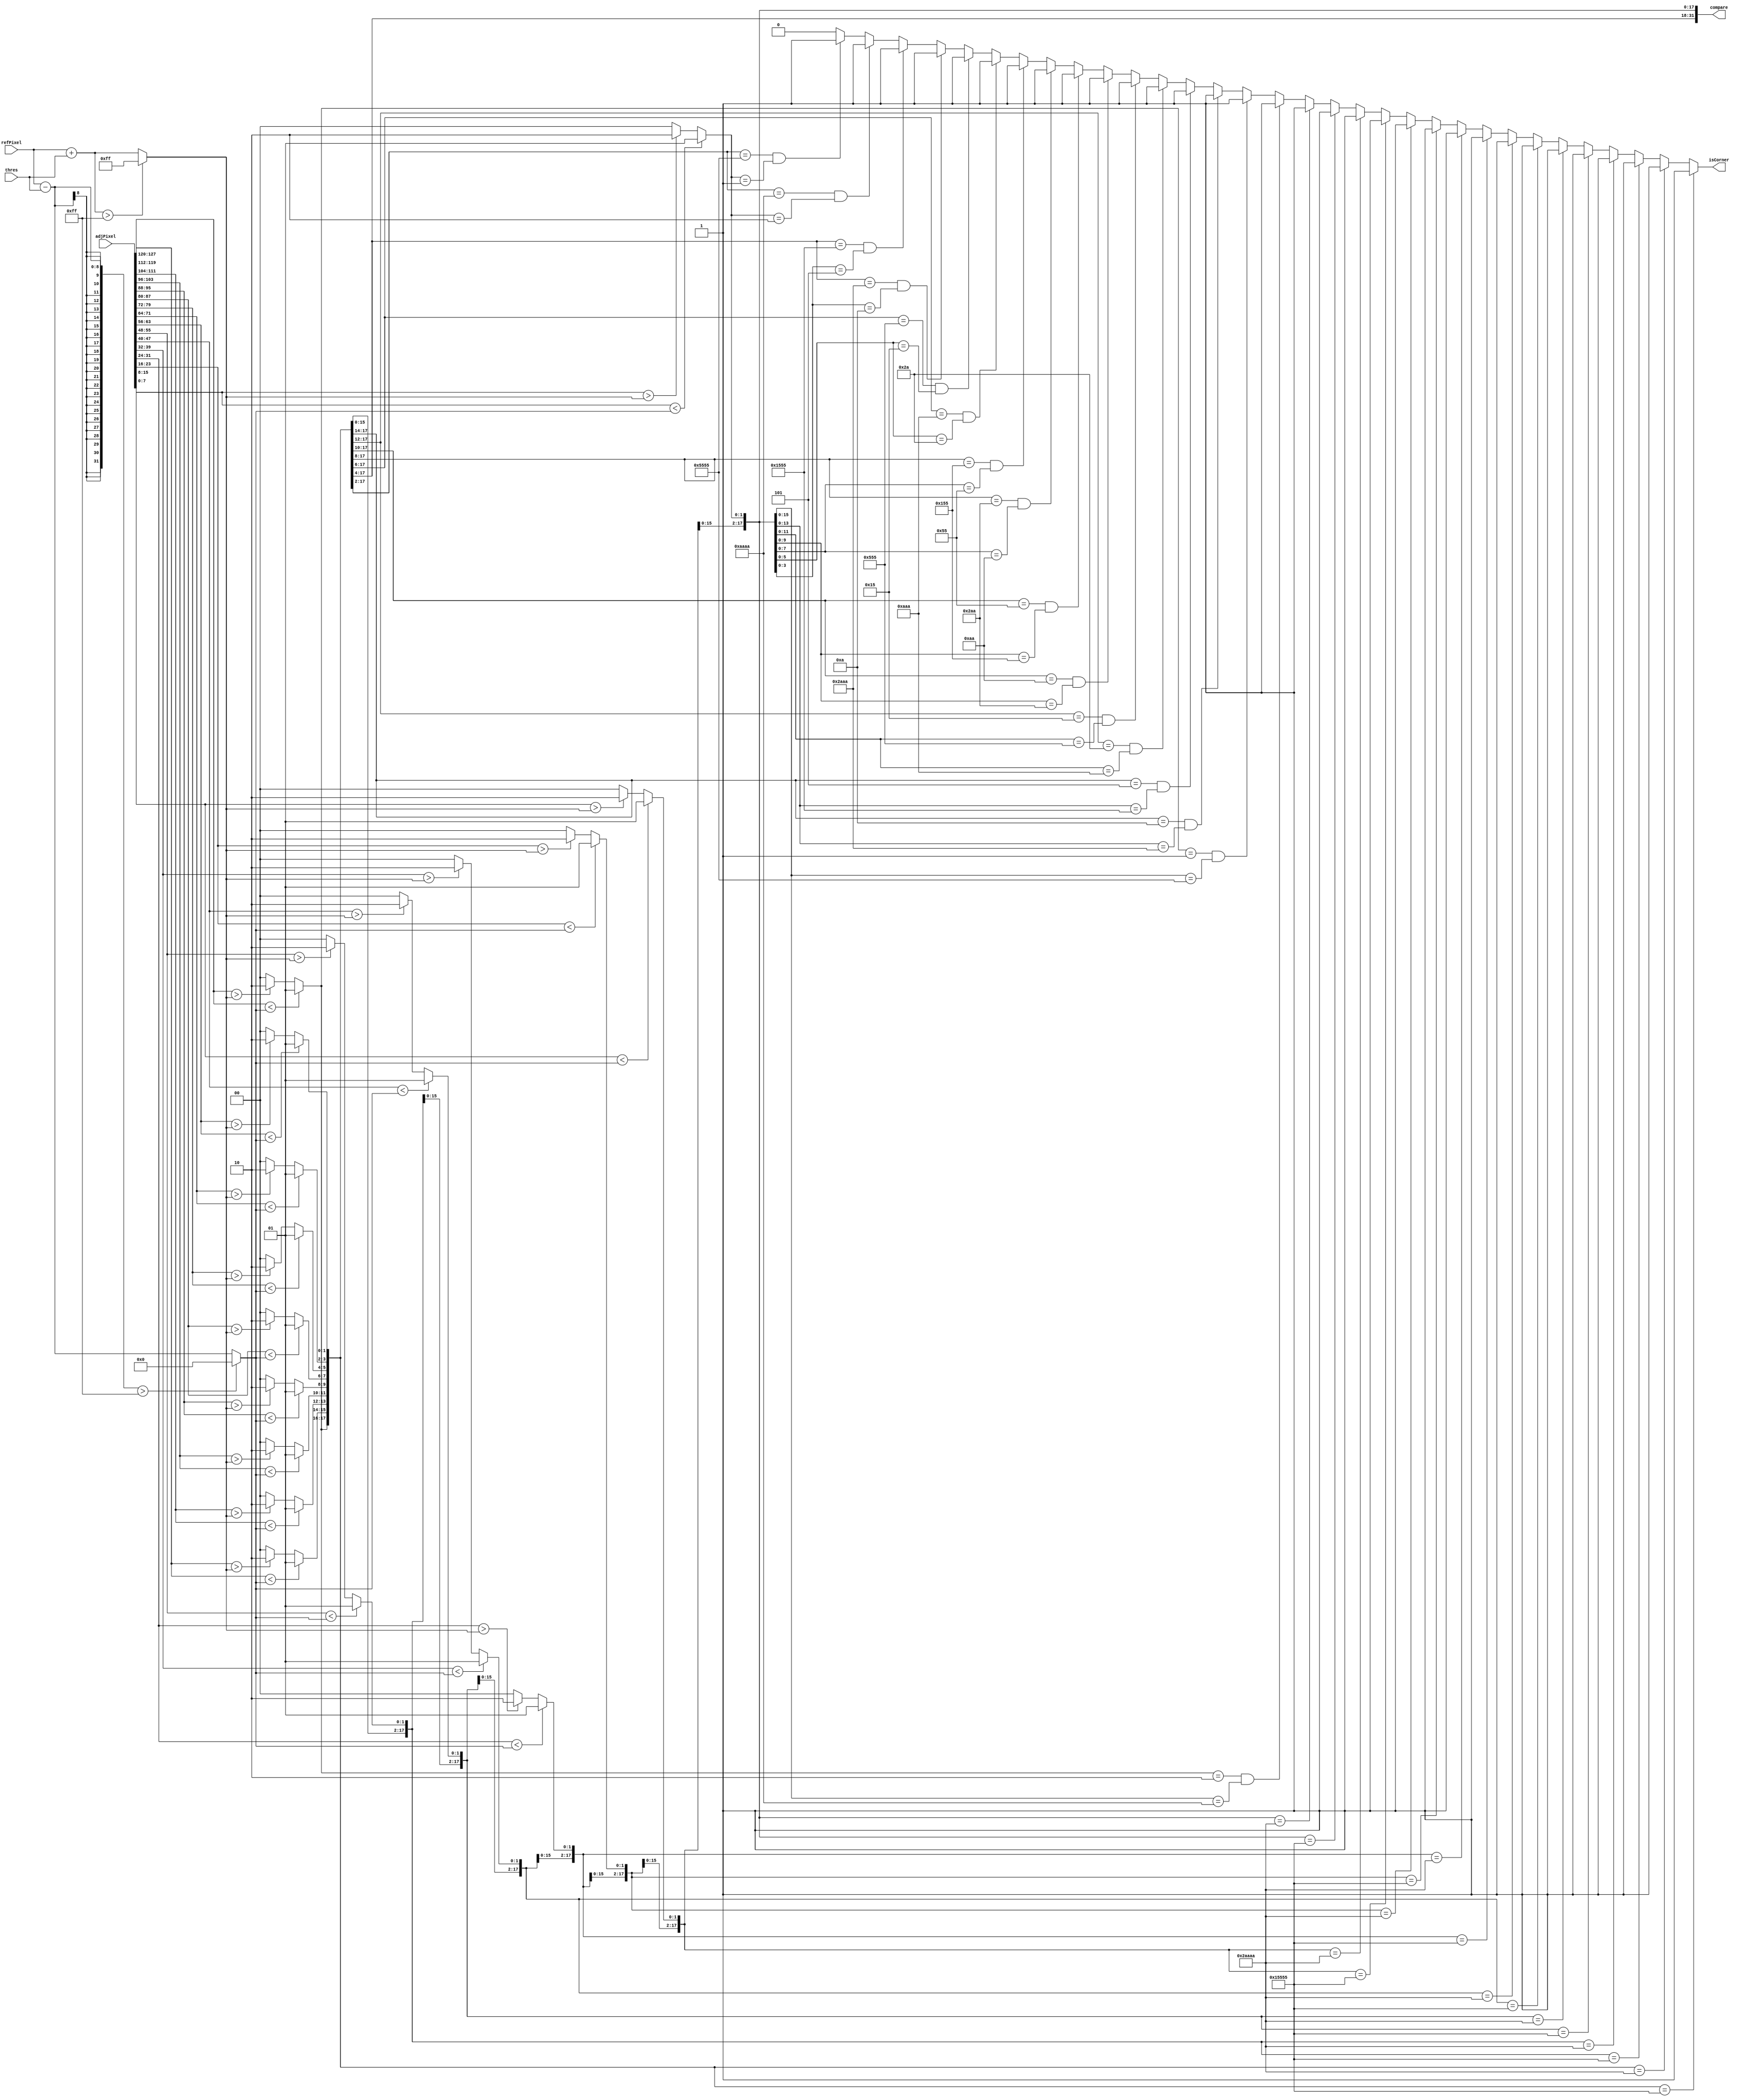
// This program was cloned from: https://github.com/ISKU/FAST9-Accelerator
// License: MIT License

`define SIMILAR 2'b00
`define DARK 2'b01
`define BRIGHT 2'b10

module FD_Datapath (refPixel, adjPixel, thres, isCorner, compare);
	input [7:0] refPixel; //  
	input [127:0] adjPixel; // 16  
	input [7:0] thres; // 
	output isCorner; //  
	output [31:0] compare; // 16    DARK, BRIGHT, SIMILAR 

	wire [8:0] lower; //  -  
	wire [8:0] upper; //  +  
	
	assign lower = ((refPixel - thres) > 255) ? 8'd0 : (refPixel - thres); // 
	assign upper = ((refPixel + thres) > 255) ? 8'd255 : (refPixel + thres); //  
	
	// 01 = DARK, 10 = BRIGHT, 00 = SIMILAR
	assign compare[31:30] = ({1'b0, adjPixel[127:120]} < lower) ? `DARK : ({1'b0, adjPixel[127:120]} > upper) ? `BRIGHT : `SIMILAR;
	assign compare[29:28] = ({1'b0, adjPixel[119:112]} < lower) ? `DARK : ({1'b0, adjPixel[119:112]} > upper) ? `BRIGHT : `SIMILAR;
	assign compare[27:26] = ({1'b0, adjPixel[111:104]} < lower) ? `DARK : ({1'b0, adjPixel[111:104]} > upper) ? `BRIGHT : `SIMILAR;
	assign compare[25:24] = ({1'b0, adjPixel[103:96]} < lower) ? `DARK : ({1'b0, adjPixel[103:96]} > upper) ? `BRIGHT : `SIMILAR;
	assign compare[23:22] = ({1'b0, adjPixel[95:88]} < lower) ? `DARK : ({1'b0, adjPixel[95:88]} > upper) ? `BRIGHT : `SIMILAR;
	assign compare[21:20] = ({1'b0, adjPixel[87:80]} < lower) ? `DARK : ({1'b0, adjPixel[87:80]} > upper) ? `BRIGHT : `SIMILAR;
	assign compare[19:18] = ({1'b0, adjPixel[79:72]} < lower) ? `DARK : ({1'b0, adjPixel[79:72]} > upper) ? `BRIGHT : `SIMILAR;
	assign compare[17:16] = ({1'b0, adjPixel[71:64]} < lower) ? `DARK : ({1'b0, adjPixel[71:64]} > upper) ? `BRIGHT : `SIMILAR;
	assign compare[15:14] = ({1'b0, adjPixel[63:56]} < lower) ? `DARK : ({1'b0, adjPixel[63:56]} > upper) ? `BRIGHT : `SIMILAR;
	assign compare[13:12] = ({1'b0, adjPixel[55:48]} < lower) ? `DARK : ({1'b0, adjPixel[55:48]} > upper) ? `BRIGHT : `SIMILAR;
	assign compare[11:10] = ({1'b0, adjPixel[47:40]} < lower) ? `DARK : ({1'b0, adjPixel[47:40]} > upper) ? `BRIGHT : `SIMILAR;
	assign compare[9:8] = ({1'b0, adjPixel[39:32]} < lower) ? `DARK : ({1'b0, adjPixel[39:32]} > upper) ? `BRIGHT : `SIMILAR;
	assign compare[7:6] = ({1'b0, adjPixel[31:24]} < lower) ? `DARK : ({1'b0, adjPixel[31:24]} > upper) ? `BRIGHT : `SIMILAR;
	assign compare[5:4] = ({1'b0, adjPixel[23:16]} < lower) ? `DARK : ({1'b0, adjPixel[23:16]} > upper) ? `BRIGHT : `SIMILAR;
	assign compare[3:2] = ({1'b0, adjPixel[15:8]} < lower) ? `DARK : ({1'b0, adjPixel[15:8]} > upper) ? `BRIGHT : `SIMILAR;
	assign compare[1:0] = ({1'b0, adjPixel[7:0]} < lower) ? `DARK : ({1'b0, adjPixel[7:0]} > upper) ? `BRIGHT : `SIMILAR;

	// 9   DARK  BRIGHT      
	assign isCorner =
		(compare[31:14] == 18'h15555) ? 1'b1 :
		(compare[31:14] == 18'h2AAAA) ? 1'b1 :
		(compare[29:12] == 18'h15555) ? 1'b1 :
		(compare[29:12] == 18'h2AAAA) ? 1'b1 :
		(compare[27:10] == 18'h15555) ? 1'b1 :
		(compare[27:10] == 18'h2AAAA) ? 1'b1 :
		(compare[25:8] == 18'h15555) ? 1'b1 :
		(compare[25:8] == 18'h2AAAA) ? 1'b1 :
		(compare[23:6] == 18'h15555) ? 1'b1 :
		(compare[23:6] == 18'h2AAAA) ? 1'b1 :
		(compare[21:4] == 18'h15555) ? 1'b1 :
		(compare[21:4] == 18'h2AAAA) ? 1'b1 :
		(compare[19:2] == 18'h15555) ? 1'b1 :
		(compare[19:2] == 18'h2AAAA) ? 1'b1 :
		(compare[17:0] == 18'h15555) ? 1'b1 :
		(compare[17:0] == 18'h2AAAA) ? 1'b1 :
		((compare[31:30] == 2'b10) && (compare[15:0] == 16'hAAAA)) ? 1'b1 :
		((compare[31:30] == 2'b01) && (compare[15:0] == 16'h5555)) ? 1'b1 :
		((compare[31:28] == 4'hA) && (compare[13:0] == 14'h2AAA)) ? 1'b1 :
		((compare[31:28] == 4'h5) && (compare[13:0] == 14'h1555)) ? 1'b1 :
		((compare[31:26] == 6'h2A) && (compare[11:0] == 12'hAAA)) ? 1'b1 :
		((compare[31:26] == 6'h15) && (compare[11:0] == 12'h555)) ? 1'b1 :
		((compare[31:24] == 8'hAA) && (compare[9:0] == 10'h2AA)) ? 1'b1 :
		((compare[31:24] == 8'h55) && (compare[9:0] == 10'h155)) ? 1'b1 :
		((compare[31:22] == 10'h2AA) && (compare[7:0] == 8'hAA)) ? 1'b1 :
		((compare[31:22] == 10'h155) && (compare[7:0] == 8'h55)) ? 1'b1 :
		((compare[31:20] == 12'hAAA) && (compare[5:0] == 6'h2A)) ? 1'b1 :
		((compare[31:20] == 12'h555) && (compare[5:0] == 6'h15)) ? 1'b1 :
		((compare[31:18] == 14'h2AAA) && (compare[3:0] == 4'hA)) ? 1'b1 :
		((compare[31:18] == 14'h1555) && (compare[3:0] == 4'h5)) ? 1'b1 :
		((compare[31:16] == 16'hAAAA) && (compare[1:0] == 2'b10)) ? 1'b1 :
		((compare[31:16] == 16'h5555) && (compare[1:0] == 2'b01)) ? 1'b1 : 1'b0;
endmodule